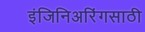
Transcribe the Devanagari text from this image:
इंजिनिअरिंगसाठी